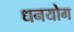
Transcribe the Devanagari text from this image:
धनयोग